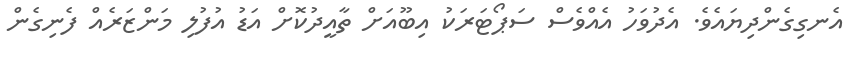
އެނގިގެންދިޔައެވެ. އެދުވަހު އެއްވެސް ސަޕޯޓަރަކު އިބޫއަށް ތާއީދުކޮށް އަޑު އުފުލި މަންޒަރެއް ފެނިގެން